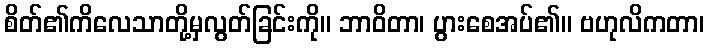
စိတ်၏ကိလေသာတို့မှလွတ်ခြင်းကို။ ဘာဝိတာ၊ ပွားစေအပ်၏။ ဗဟုလိကတာ၊